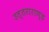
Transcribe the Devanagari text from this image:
उत्‍तराराण्‍ड